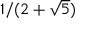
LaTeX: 1 / ( 2 + { \sqrt { 5 } } )